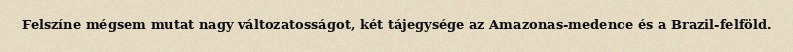
Felszíne mégsem mutat nagy változatosságot, két tájegysége az Amazonas-medence és a Brazil-felföld.